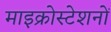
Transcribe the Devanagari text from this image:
माइक्रोस्टेशनों